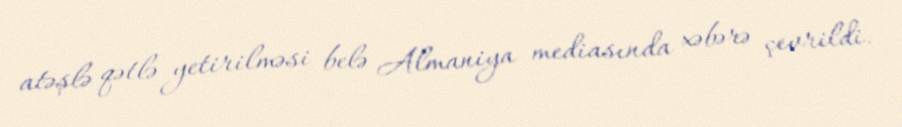
atəşlə qətlə yetirilməsi belə Almaniya mediasında xəbərə çevrildi.